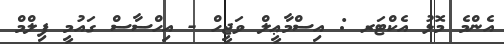
އެންމެ މޮޅު އެކްޓަރ : އިސްމާޢީލް ވަޖީހް - އިހްސާސް ގައުމީ ފިލްމް